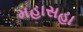
મહાસહા